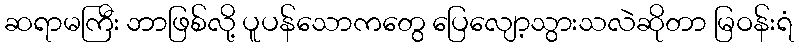
ဆရာမကြီး ဘာဖြစ်လို့ ပူပန်သောကတွေ ပြေလျော့သွားသလဲဆိုတာ မြဝန်းရံ